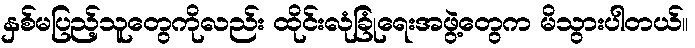
နှစ်မပြည့်သူတွေကိုလည်း ထိုင်းလုံခြုံရေးအဖွဲ့တွေက မိသွားပါတယ်။